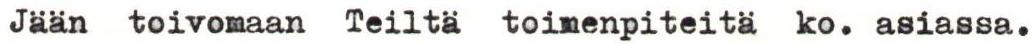
Jään toivomaan Teiltä toimenpiteitä ko. asiassa.